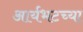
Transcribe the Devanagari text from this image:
आर्यभटच्या